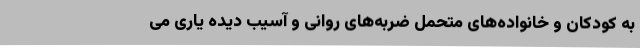
به کودکان و خانواده‌های متحمل ضربه‌های روانی و آسیب دیده یاری می